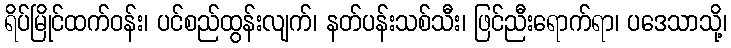
ရိပ်မြိုင်ထက်ဝန်း၊ ပင်စည်ထွန်းလျက်၊ နတ်ပန်းသစ်သီး၊ ဖြင်ညီးရောက်ရာ၊ ပဒေသာသို့၊